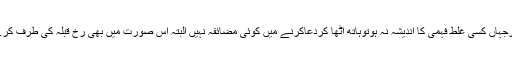
اورجہاں کسی غلط فہمی کا اندیشہ نہ ہوتوہاتھ اٹھا کردعاکرنے میں کوئی مضائقہ نہیں البتہ اس صورت میں بھی رخ قبلہ کی طرف کرے۔